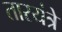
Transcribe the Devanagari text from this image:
तारयंत्रे